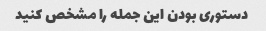
دستوری بودن این جمله را مشخص کنید